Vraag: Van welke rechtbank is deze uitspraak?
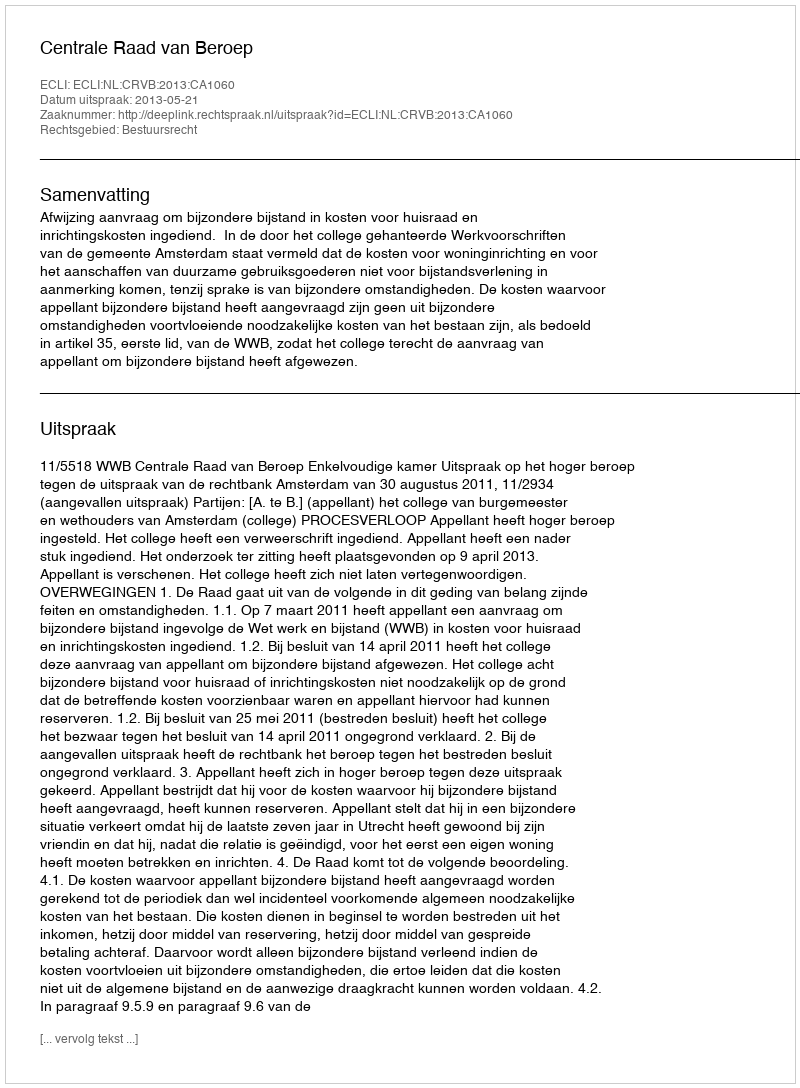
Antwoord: Centrale Raad van Beroep